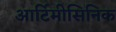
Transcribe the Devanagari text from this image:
आर्टिमीसिनिक